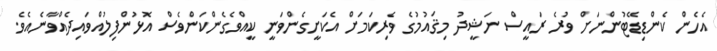
އެހެން ކެންޑިޑޭޓުންނަށް ވުރެ ރައީސް ނަޝީދު މިޤައުމުގެ ވެރިކަމަށް އެކަށީގެންވަނީ ކީއްވެގެންކަންވެސް އޮޅުންފިލުއްވައިދެއްވާނެއެވެ.